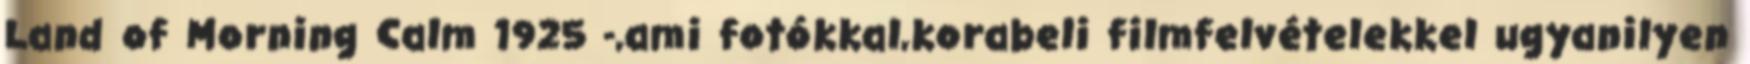
Land of Morning Calm 1925 -,ami fotókkal,korabeli filmfelvételekkel ugyanilyen